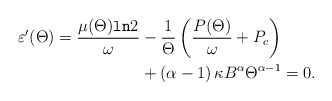
\begin{align*}\varepsilon'(\Theta) =\frac{\mu(\Theta)\texttt{ln}2}{\omega} & -\frac{1}{\Theta}\left(\frac{P(\Theta)}{\omega}+P_c\right) \\ & +\left(\alpha-1\right)\kappa B^\alpha \Theta^{\alpha-1} = 0. \end{align*}